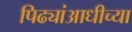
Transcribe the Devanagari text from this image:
पिढ्यांआधीच्या